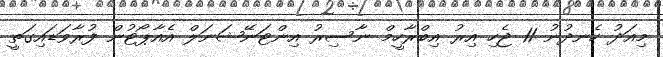
މިއަދު ހެނދުނު 11 ޖެހި އިރު އިބްރާހީމް ނާސިރު އިންޓަނޭޝަނަލް އެއާޕޯޓުން ފުރާވަޑައިގަތީ